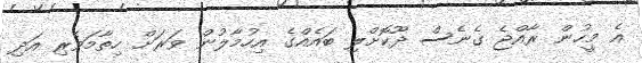
އެ މީހުން ރާއްޖެ ގެނެސް ދޫކޮށްލި ބައެއްގެ އިހުމާލުން ވަރަށް ހިތާމަވެރި އަދި